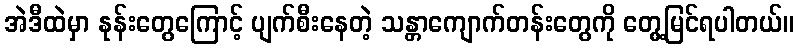
အဲဒီထဲမှာ နုန်းတွေကြောင့် ပျက်စီးနေတဲ့ သန္တာကျောက်တန်းတွေကို တွေ့မြင်ရပါတယ်။